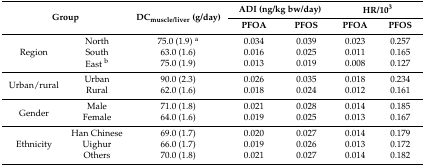
<table><thead><tr><td rowspan="2" colspan="2"><b>Group</b></td><td rowspan="2"><b>DC<sub>muscle/liver</sub> (g/day)</b></td><td colspan="2"><b>ADI (ng/kg bw/day)</b></td><td colspan="2"><b>HR/10<sup>3</sup></b></td></tr><tr><td><b>PFOA</b></td><td><b>PFOS</b></td><td><b>PFOA</b></td><td><b>PFOS</b></td></tr></thead><tbody><tr><td rowspan="3">Region</td><td>North</td><td>75.0 (1.9) <sup>a</sup></td><td>0.034</td><td>0.039</td><td>0.023</td><td>0.257</td></tr><tr><td>South</td><td>63.0 (1.6)</td><td>0.016</td><td>0.025</td><td>0.011</td><td>0.165</td></tr><tr><td>East <sup>b</sup></td><td>75.0 (1.9)</td><td>0.013</td><td>0.019</td><td>0.008</td><td>0.127</td></tr><tr><td rowspan="2">Urban/rural</td><td>Urban</td><td>90.0 (2.3)</td><td>0.026</td><td>0.035</td><td>0.018</td><td>0.234</td></tr><tr><td>Rural</td><td>62.0 (1.6)</td><td>0.018</td><td>0.024</td><td>0.012</td><td>0.161</td></tr><tr><td rowspan="2">Gender</td><td>Male</td><td>71.0 (1.8)</td><td>0.021</td><td>0.028</td><td>0.014</td><td>0.185</td></tr><tr><td>Female</td><td>64.0 (1.6)</td><td>0.019</td><td>0.025</td><td>0.013</td><td>0.167</td></tr><tr><td rowspan="3">Ethnicity</td><td>Han Chinese</td><td>69.0 (1.7)</td><td>0.020</td><td>0.027</td><td>0.014</td><td>0.179</td></tr><tr><td>Uighur</td><td>66.0 (1.7)</td><td>0.019</td><td>0.026</td><td>0.013</td><td>0.172</td></tr><tr><td>Others</td><td>70.0 (1.8)</td><td>0.021</td><td>0.027</td><td>0.014</td><td>0.182</td></tr></tbody></table>